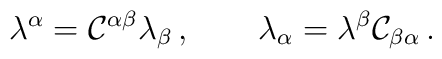
\lambda ^\alpha ={\cal C}^{\alpha \beta }\lambda _\beta \,,\qquad  \lambda _\alpha = \lambda ^\beta {\cal C}_{\beta \alpha }\,.